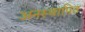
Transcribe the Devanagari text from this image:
अनस्थापित